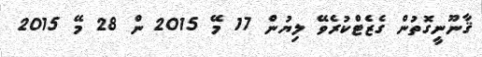
ޤާނޫނީގޮތުން ގެޒެޓްކުރެވޭ ލިޔުން 17 މޭ 2015 ން 28 މޭ 2015